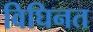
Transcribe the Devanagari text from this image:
विघिनत